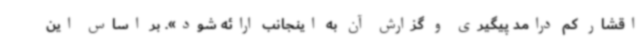
اقشار کم درامد پیگیری و گزارش آن به اینجانب ارائه شود». بر اساس این